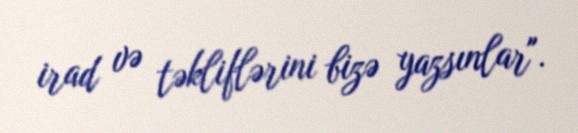
irad və təkliflərini bizə yazsınlar".